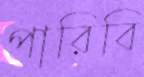
পারিবি